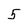
Character: 5